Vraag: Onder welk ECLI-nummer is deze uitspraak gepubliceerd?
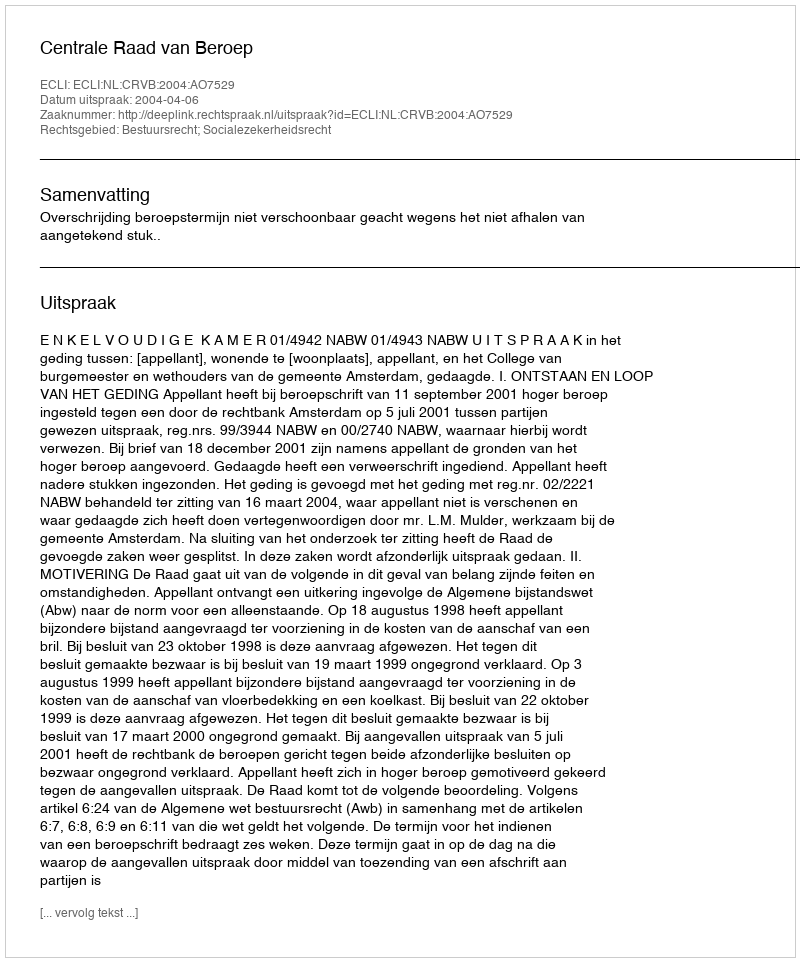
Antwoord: ECLI:NL:CRVB:2004:AO7529